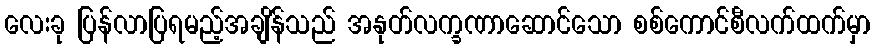
လေးခု ပြန်လာပြရမည့်အချိန်သည် အနုတ်လက္ခဏာဆောင်သော စစ်ကောင်စီလက်ထက်မှာ